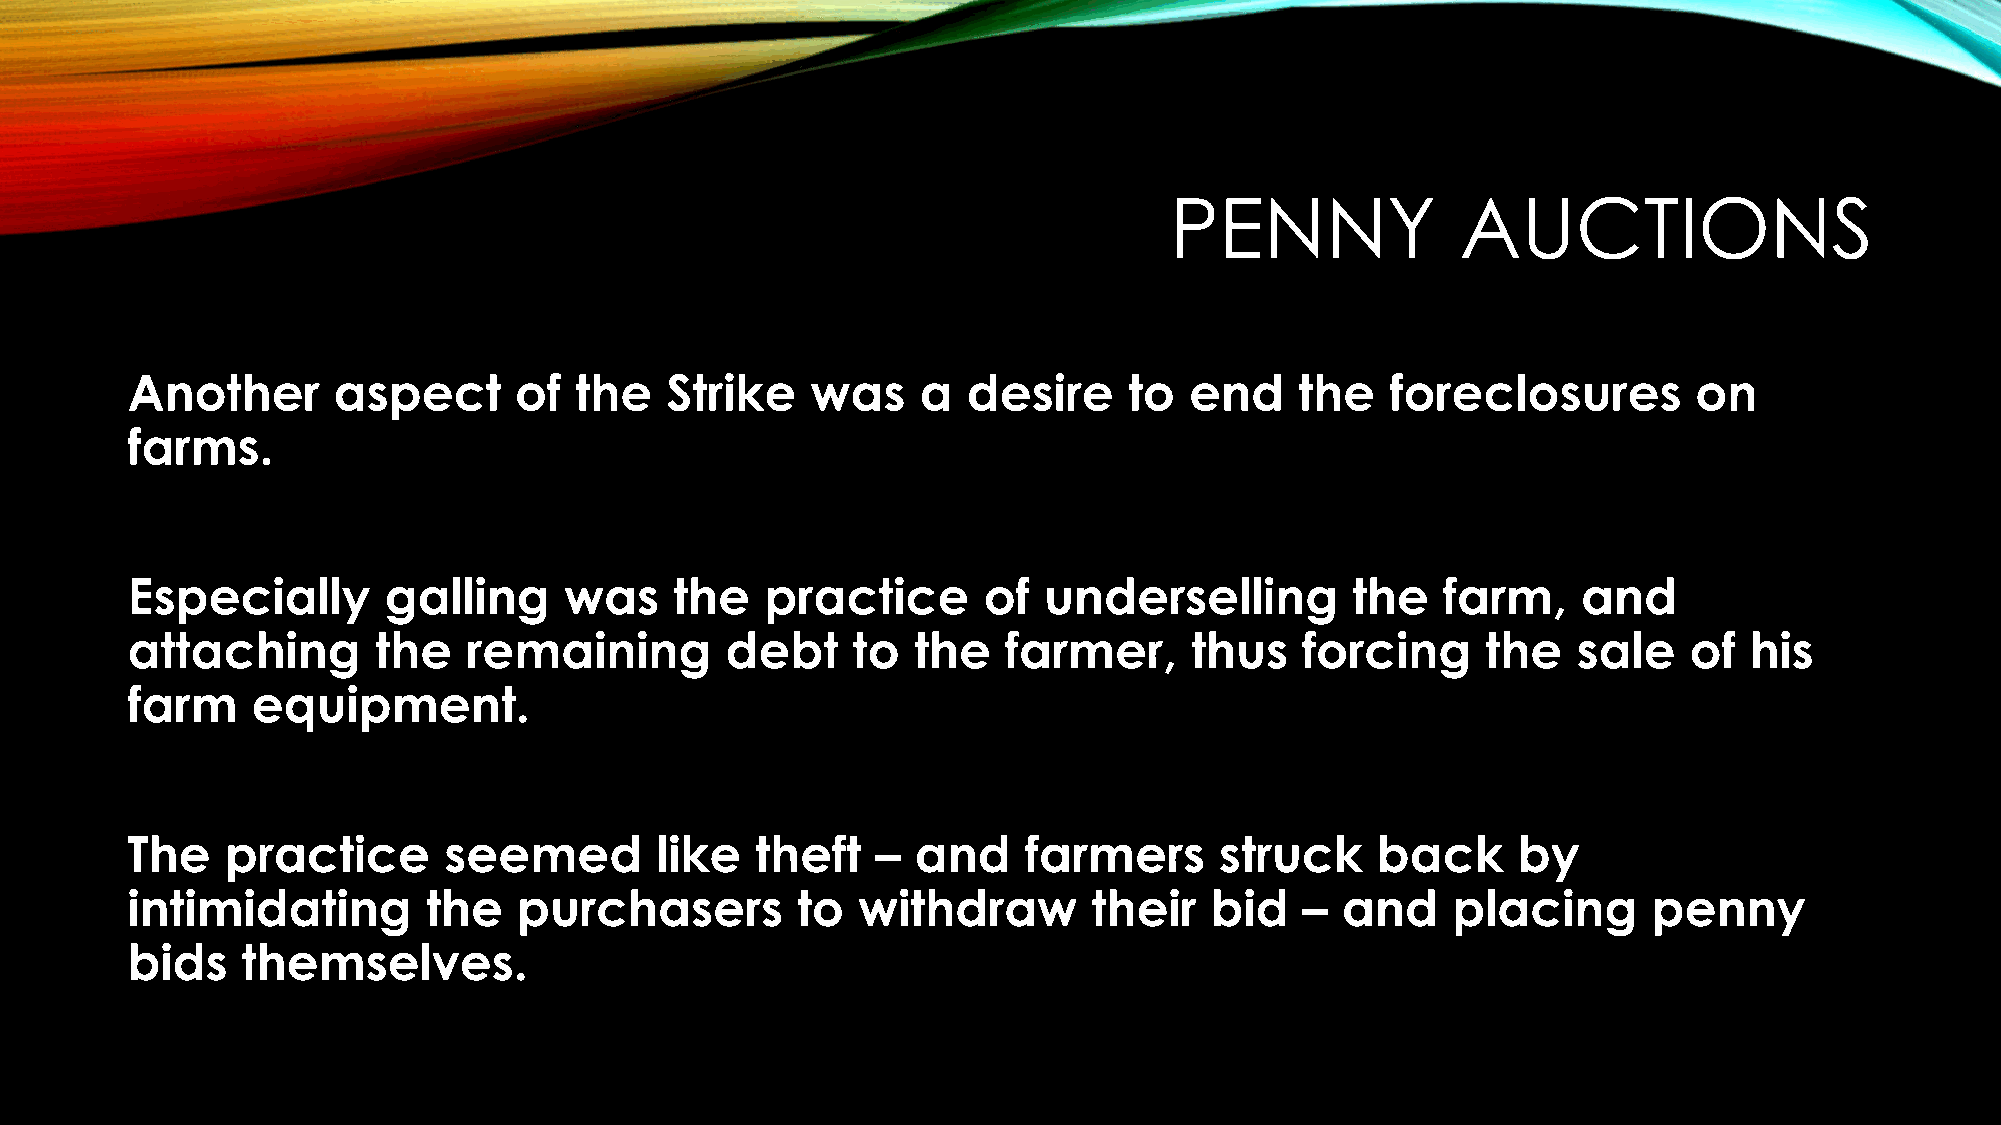
PENNY               AUCTIONS
 Another       aspect      of  the   Strike    was    a  desire     to  end    the   foreclosures        on
 farms.
 Especially       galling     was     the   practice      of  underselling        the   farm,     and
 attaching        the   remaining        debt    to  the    farmer,     thus   forcing     the   sale    of  his
 farm     equipment.
 The    practice      seemed        like   theft   –  and    farmers      struck    back     by
 intimidating        the   purchasers         to  withdraw       their   bid   –  and    placing      penny
 bids    themselves.